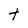
Character: t